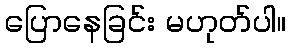
ပြောနေခြင်း မဟုတ်ပါ။